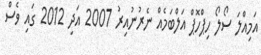
އަމިއްލަ ސޯލޯ ހިޕްހޮޕް އަލްބަމެއް ނެރުނުއިރު 2007 އަދި 2012 ގައި ވެސް